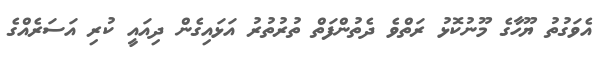
އެވަގުތު ޔޫހާގެ މޫނުކޮޅު ރަތްވެ ދެތުންފަތް ތުރުތުރު އަޅައިގެން ދިއައީ ކުރި އަސަރެއްގެ